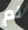
لم